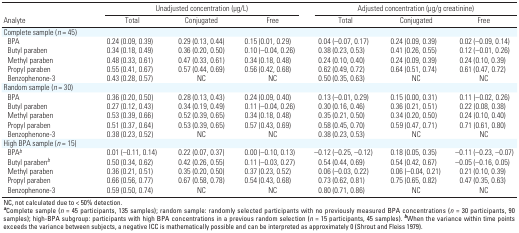
<table><thead><tr><td rowspan="2"><b>Analyte</b></td><td colspan="3"><b>Unadjusted concentration (μg/L)</b></td><td colspan="3"><b>Adjusted concentration (μg/g creatinine)</b></td></tr><tr><td><b>Total</b></td><td><b>Conjugated</b></td><td><b>Free</b></td><td><b>Total</b></td><td><b>Conjugated</b></td><td><b>Free</b></td></tr></thead><tbody><tr><td><b>Complete sample (<i>n </i>= 45) </b></td></tr><tr><td><b>BPA</b></td><td>0.24 (0.09, 0.39)</td><td>0.29 (0.13, 0.44)</td><td>0.15 (0.01, 0.29)</td><td>0.04 (–0.07, 0.17)</td><td>0.24 (0.09, 0.39)</td><td>0.02 (–0.09, 0.14)</td></tr><tr><td><b>Butyl paraben</b></td><td>0.34 (0.18, 0.49)</td><td>0.36 (0.20, 0.50)</td><td>0.10 (–0.04, 0.26)</td><td>0.38 (0.23, 0.53)</td><td>0.41 (0.26, 0.55)</td><td>0.12 (–0.01, 0.26)</td></tr><tr><td><b>Methyl paraben</b></td><td>0.48 (0.33, 0.61)</td><td>0.47 (0.33, 0.61)</td><td>0.34 (0.18, 0.48)</td><td>0.24 (0.10, 0.40)</td><td>0.24 (0.09, 0.39)</td><td>0.24 (0.10, 0.39)</td></tr><tr><td><b>Propyl paraben</b></td><td>0.55 (0.41, 0.67)</td><td>0.57 (0.44, 0.69)</td><td>0.56 (0.42, 0.68)</td><td>0.62 (0.49, 0.72)</td><td>0.64 (0.51, 0.74)</td><td>0.61 (0.47, 0.72)</td></tr><tr><td><b>Benzophenone-3</b></td><td>0.43 (0.28, 0.57)</td><td>NC</td><td>NC</td><td>0.50 (0.35, 0.63)</td><td>NC</td><td>NC</td></tr><tr><td><b>Random sample (<i>n </i>= 30) </b></td></tr><tr><td><b>BPA</b></td><td>0.36 (0.20, 0.50)</td><td>0.28 (0.13, 0.43)</td><td>0.24 (0.09, 0.40)</td><td>0.13 (–0.01, 0.29)</td><td>0.15 (0.00, 0.31)</td><td>0.11 (–0.02, 0.26)</td></tr><tr><td><b>Butyl paraben</b></td><td>0.27 (0.12, 0.43)</td><td>0.34 (0.19, 0.49)</td><td>0.11 (–0.04, 0.26)</td><td>0.30 (0.16, 0.46)</td><td>0.36 (0.21, 0.51)</td><td>0.22 (0.08, 0.38)</td></tr><tr><td><b>Methyl paraben</b></td><td>0.53 (0.39, 0.66)</td><td>0.52 (0.39, 0.65)</td><td>0.34 (0.18, 0.48)</td><td>0.35 (0.21, 0.50)</td><td>0.34 (0.20, 0.50)</td><td>0.24 (0.10, 0.40)</td></tr><tr><td><b>Propyl paraben</b></td><td>0.51 (0.37, 0.64)</td><td>0.53 (0.39, 0.65)</td><td>0.57 (0.43, 0.69)</td><td>0.58 (0.45, 0.70)</td><td>0.59 (0.47, 0.71)</td><td>0.71 (0.61, 0.80)</td></tr><tr><td><b>Benzophenone-3</b></td><td>0.38 (0.23, 0.52)</td><td>NC</td><td>NC</td><td> 0.38 (0.23, 0.53)</td><td>NC</td><td>NC</td></tr><tr><td><b>High BPA sample (<i>n </i>= 15) </b></td></tr><tr><td><b>BPA<sup><i>b</i></sup></b></td><td>0.01 (–0.11, 0.14)</td><td>0.22 (0.07, 0.37)</td><td>0.00 (–0.10, 0.13)</td><td>–0.12 (–0.25, –0.12)</td><td>0.18 (0.05, 0.35)</td><td>–0.11 (–0.23, –0.07)</td></tr><tr><td><b>Butyl paraben<sup><i>b</i></sup></b></td><td>0.50 (0.34, 0.62)</td><td>0.42 (0.26, 0.55)</td><td>0.11 (–0.03, 0.27)</td><td>0.54 (0.44, 0.69)</td><td>0.54 (0.42, 0.67)</td><td>–0.05 (–0.16, 0.05)</td></tr><tr><td><b>Methyl paraben</b></td><td>0.36 (0.21, 0.51)</td><td>0.35 (0.20, 0.50)</td><td>0.37 (0.23, 0.52)</td><td>0.06 (–0.03, 0.22)</td><td>0.06 (–0.04, 0.21)</td><td>0.21 (0.10, 0.39)</td></tr><tr><td><b>Propyl paraben</b></td><td>0.66 (0.56, 0.77)</td><td>0.67 (0.58, 0.78)</td><td>0.54 (0.43, 0.68)</td><td>0.73 (0.62, 0.81)</td><td>0.75 (0.65, 0.82)</td><td>0.47 (0.35, 0.63)</td></tr><tr><td><b>Benzophenone-3</b></td><td>0.59 (0.50, 0.74)</td><td>NC</td><td>NC</td><td> 0.80 (0.71, 0.86)</td><td>NC</td><td>NC</td></tr><tr><td colspan="7">NC, not calculated due to &lt; 50% detection. <sup><i><b>a</b></i></sup>Complete sample (<i>n </i>= 45 participants, 135 samples); random sample: randomly selected participants with no previously measured BPA concentrations (<i>n </i>= 30 participants, 90 samples); high-BPA subgroup: participants with high BPA concentrations in a previous random selection (<i>n </i>= 15 participants, 45 samples). <sup><i><b>b</b></i></sup>When the variance within time points exceeds the variance between subjects, a negative ICC is mathematically possible and can be interpreted as approximately 0 (Shrout and Fleiss 1979).</td></tr></tbody></table>